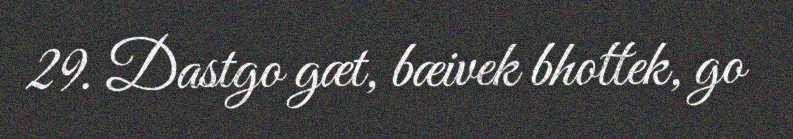
29. Dastgo gæt, bæivek bhottek, go